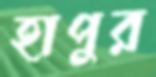
হাপুর